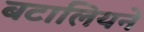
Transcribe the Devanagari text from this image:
बटालियने